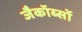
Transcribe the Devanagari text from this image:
जैकॉब्सों